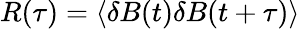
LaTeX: R(\tau)=\langle\delta B(t)\delta B(t+\tau)\rangle